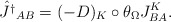
\begin{align*}\hat {J^\dagger}_{AB}=(-D)_K\circ\theta_{\Omega}J^K_{BA}.\end{align*}